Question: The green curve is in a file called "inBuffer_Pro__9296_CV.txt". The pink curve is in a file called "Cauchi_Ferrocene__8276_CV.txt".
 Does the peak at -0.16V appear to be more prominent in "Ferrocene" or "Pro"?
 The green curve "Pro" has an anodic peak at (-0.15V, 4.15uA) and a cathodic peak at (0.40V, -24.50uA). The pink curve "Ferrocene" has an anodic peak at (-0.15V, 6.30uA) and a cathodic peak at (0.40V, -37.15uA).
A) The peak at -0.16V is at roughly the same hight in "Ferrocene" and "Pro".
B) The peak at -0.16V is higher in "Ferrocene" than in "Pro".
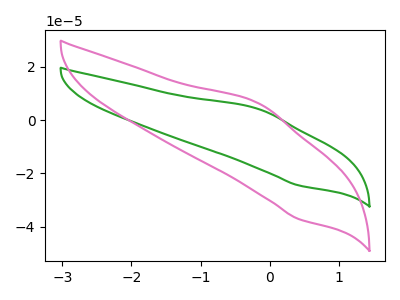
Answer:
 <answer>B) The peak at -0.16V is higher in "Ferrocene" than in "Pro".</answer>
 <eval>B</eval>